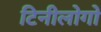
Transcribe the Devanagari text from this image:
टिनीलोगो